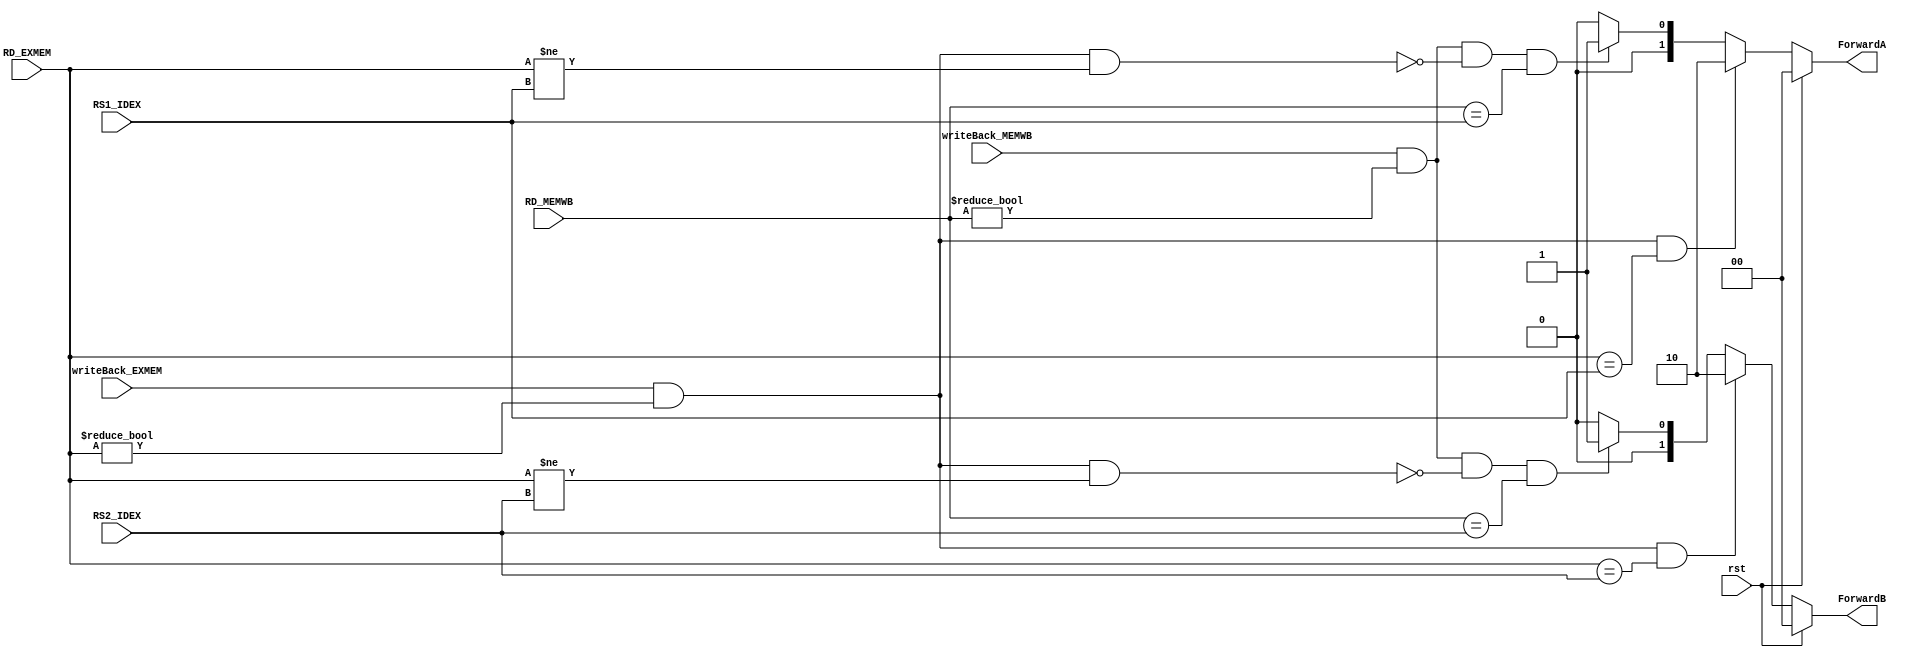
module forwarding_unit(
  input [4:0] RS1_IDEX,
  input [4:0] RS2_IDEX,
  input [4:0] RD_EXMEM,
  input [4:0] RD_MEMWB,
  
  input rst,
  input writeBack_EXMEM,
  input writeBack_MEMWB,
  output reg [1:0] ForwardA,
  output reg [1:0] ForwardB

  );

  always @(*)
    begin
    if (rst) begin
      ForwardA <= 2'b00;
      ForwardB <= 2'b00;

    end 
	 
    else begin
	 
		begin
      // ForwardA logic
      if((writeBack_EXMEM && (RD_EXMEM != 5'b0) && (RD_EXMEM == RS1_IDEX)))
        ForwardA <= 2'b10;
      else if (writeBack_MEMWB && (RD_MEMWB != 5'b0) &&
          !((writeBack_EXMEM && (RD_EXMEM != 5'b0) && (RD_EXMEM != RS1_IDEX)))&& (RD_MEMWB== RS1_IDEX))
        ForwardA <= 2'b01;
      else
        ForwardA <= 2'b00;
		end
		
		
		
		begin
      // ForwardB logic
      if((writeBack_EXMEM && (RD_EXMEM != 5'b0) && (RD_EXMEM == RS2_IDEX)))
        ForwardB <= 2'b10;
      else if (writeBack_MEMWB && (RD_MEMWB != 5'b0) &&
          !((writeBack_EXMEM && (RD_EXMEM != 5'b0) && (RD_EXMEM != RS2_IDEX))) && (RD_MEMWB== RS2_IDEX))
        ForwardB <= 2'b01;
      else
        ForwardB <= 2'b00;
		 end
       end
    end
endmodule